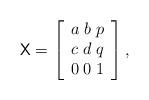
LaTeX: \begin{align*}\mathsf{X}=\left[\begin{array}{ccc}a\; b\; p\\c\; d\; q\\0\; 0\; 1\end{array}\right],\end{align*}